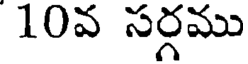
10వ సర్గము